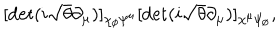
[ \det ( i \sqrt { \theta } \partial _ { \mu } ) ] _ { \chi _ { \scriptscriptstyle \emptyset } \psi ^ { \mu } } [ \det ( i \sqrt { \theta } \partial _ { \mu } ) ] _ { \chi ^ { \mu } \psi _ { \scriptscriptstyle \emptyset } } ,